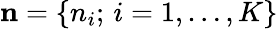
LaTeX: {\mathbf n}=\{ n_{i};\, i=1,\dots,K\}